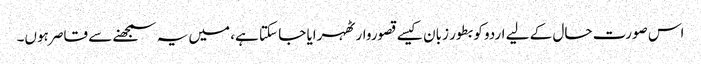
اس صورت حال کے لیے اردو کو بطور زبان کیسے قصوروار ٹھہرایا جا سکتا ہے، میں یہ سمجھنے سے قاصر ہوں۔